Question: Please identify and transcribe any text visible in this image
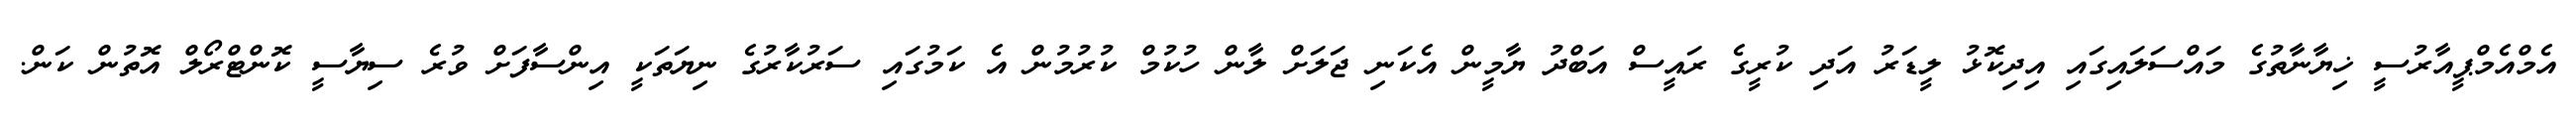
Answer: އެމްއެމްޕީއާރުސީ ޚިޔާނާތުގެ މައްސަލައިގައި އިދިކޮޅު ލީޑަރު އަދި ކުރީގެ ރައީސް އަބްދު ޔާމީން އެކަނި ޖަލަށް ލާން ހުކުމް ކުރުމުން އެ ކަމުގައި ސަރުކާރުގެ ނިޔަތަކީ އިންސާފަށް ވުރެ ސިޔާސީ ކޮންޓްރޯލް އޮތުން ކަން.